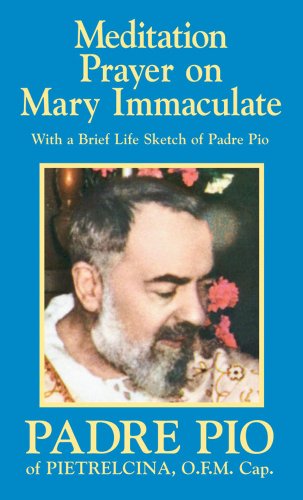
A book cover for Meditation Prayer on Mary Immaculate; St. Padre Pio; Christian Books & Bibles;